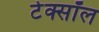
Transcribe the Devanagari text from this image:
टेक्सॉल